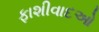
ફાશીવાદઓ